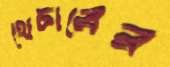
থেচারের